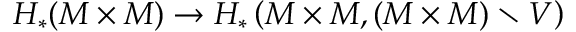
H _ { * } ( M \times M ) \to H _ { * } \left( M \times M , ( M \times M ) \setminus V \right)